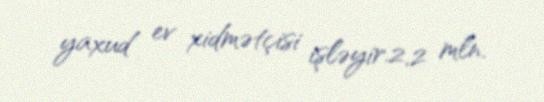
yaxud ev xidmətçisi işləyir.2,2 mln.